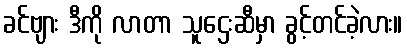
ခင်ဗျား ဒီကို လာတာ သူဌေးဆီမှာ ခွင့်တင်ခဲ့လား။